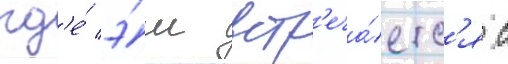
гд'е́ э́ш встр'еча́етс'я с